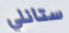
ستانلي